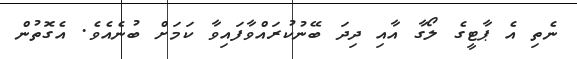
ނެތި އެ ޕާޓީގެ ލޯގާ އާއި ދިދަ ބޭނުކުރައްވާފައިވާ ކަމަށް ބުނެއެވެ. އެގޮތުން